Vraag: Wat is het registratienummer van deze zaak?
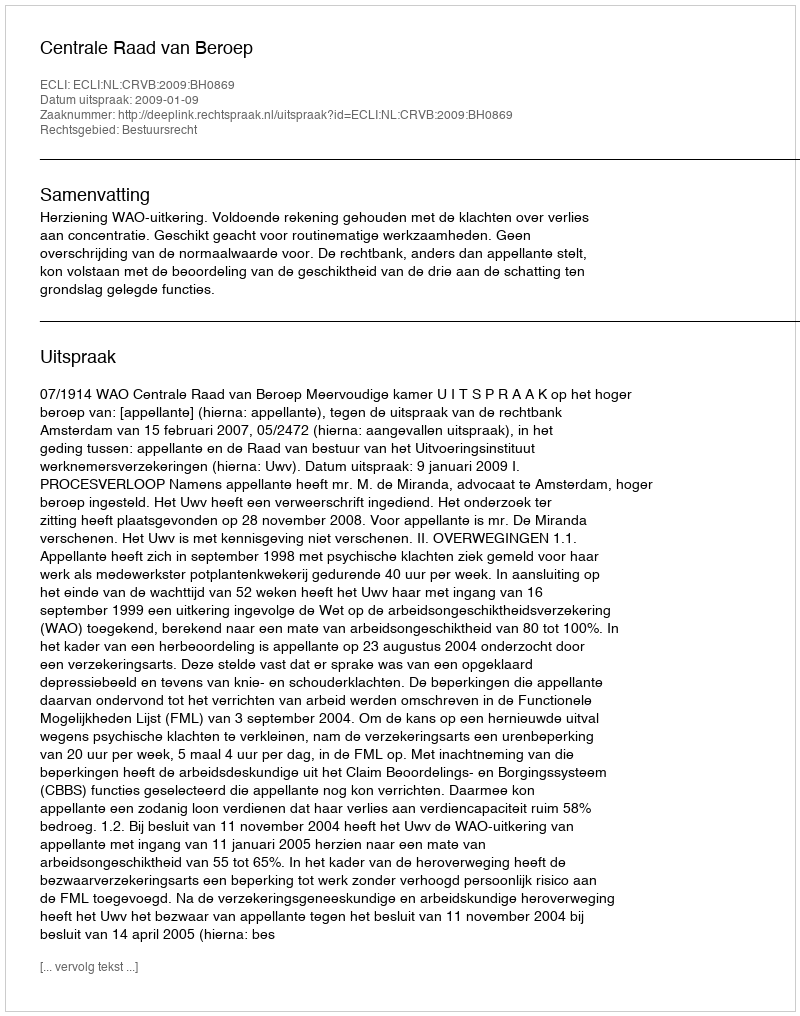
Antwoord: http://deeplink.rechtspraak.nl/uitspraak?id=ECLI:NL:CRVB:2009:BH0869